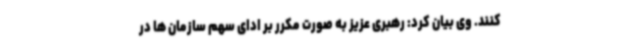
کنند. وی بیان کرد: رهبری عزیز به صورت مکرر بر ادای سهم سازمان ها در